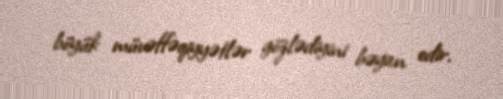
böyük müvəffəqiyyətlər gözlədiyini bəyan edir.